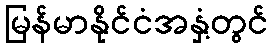
မြန်မာနိုင်ငံအနှံ့တွင်